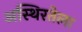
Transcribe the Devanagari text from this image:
अस्थिरतेला